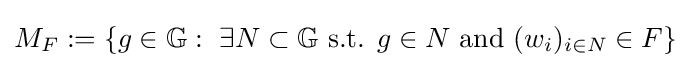
M_{F}:=\{g\in \mathbb {G} :\ \exists N\subset \mathbb {G} {\text{ s.t. }}g\in N{\text{ and }}(w_{i})_{i\in N}\in F\}